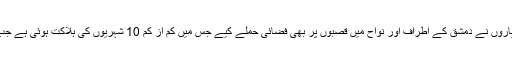
رپورٹس میں بتایا گیا ہے کہ روسی طیاروں نے دمشق کے اطراف اور نواح میں قصبوں پر بھی فضائی حملے کیے جس میں کم از کم 10 شہریوں کی ہلاکت ہوئی ہے جب کہ ہلاکتوں میں اضافے کا امکان ہے۔